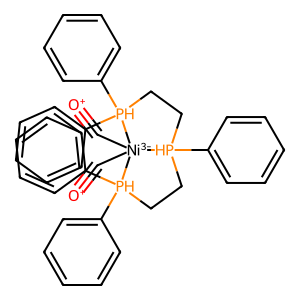
SMILES: [O+]#C[Ni-3]12(C#[O+])[PH](c3ccccc3)(CC[PH]1(c1ccccc1)c1ccccc1)CC[PH]2(c1ccccc1)c1ccccc1
Inhibits HIV replication: No